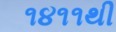
૧૪૧૧થી